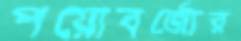
পয়োবর্জ্যের